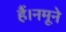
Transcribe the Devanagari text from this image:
हैं।नमूने